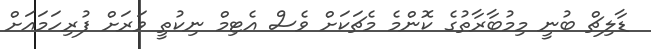
ޑާލިޗް ބުނީ މިމުބާރާތުގެ ކޮންމެ މެޗަކަށް ވެސް އެޓިމް ނިކުތީ ވަރަށް ފުރިހަމައަށް